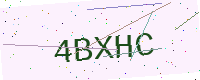
Text: 4BXHC